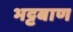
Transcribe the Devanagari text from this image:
भट्टबाण